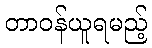
တာဝန်ယူရမည့်